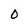
Character: O